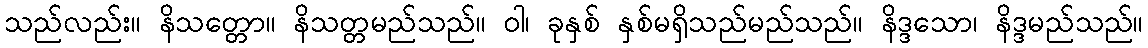
သည်လည်း။ နိသတ္တော။ နိသတ္တမည်သည်။ ဝါ၊ ခုနှစ် နှစ်မရှိသည်မည်သည်။ နိဒ္ဒသော၊ နိဒ္ဒမည်သည်။